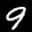
Label: 9